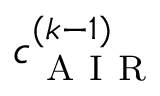
c _ { \mathrm { ~ A ~ I ~ R ~ } } ^ { ( k - 1 ) }